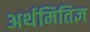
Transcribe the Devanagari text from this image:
अर्थमितिज्ञ